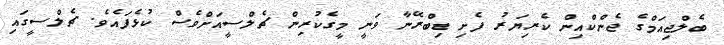
ބެލްޖިއަމްގެ ޖެންކްއިން ކެރިޔަރު ފެށި ޑިބްރޭނާ ވަނީ މީގެކުރިން ޗެލްސީއަށްވެސް ކުޅެފައެވެ. ޗެލްސީގައި